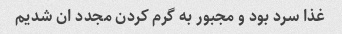
غذا سرد بود و مجبور به گرم کردن مجدد ان شدیم